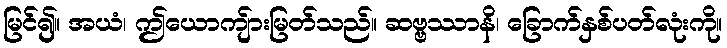
မြင်၍။ အယံ၊ ဤယောကျ်ားမြတ်သည်။ ဆဗ္ဗဿာနိ၊ ခြောက်နှစ်ပတ်လုံးကို။